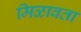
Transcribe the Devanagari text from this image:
मिळावता